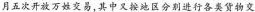
月五次开放万姓交易，其中又按地区分别进行各类货物交